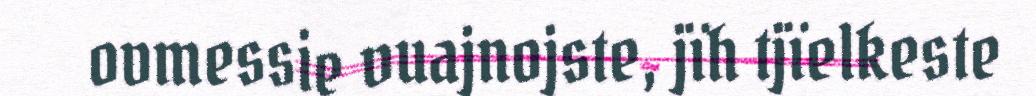
ovmessie vuajnojste, jïh tjïelkeste